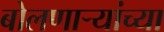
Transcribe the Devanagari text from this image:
बोलणार्‍यांच्या